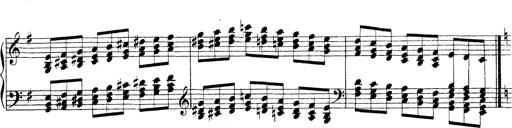
Title: Technische Studien
Composer: Franz Liszt